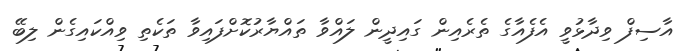
އާސިފް ވިދާޅުވީ އެފެއާގެ ތެރެއިން ގައިދީން ލައްވާ ތައްޔާރުކޮށްފައިވާ ތަކެތި ވިއްކައިގެން ލިބޭ